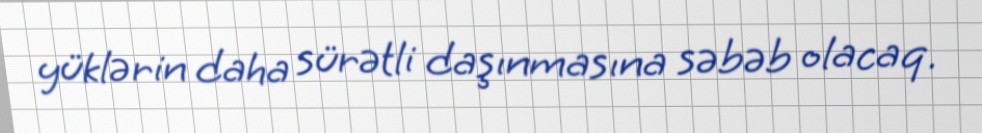
yüklərin daha sürətli daşınmasına səbəb olacaq.